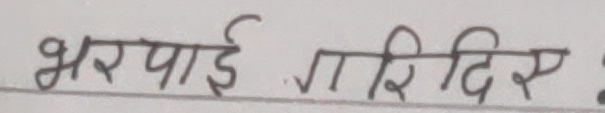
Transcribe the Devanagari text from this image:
भरपाई करिदिए: